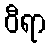
ဝီရာ